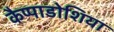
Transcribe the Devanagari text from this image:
कैप्पाडोशिया